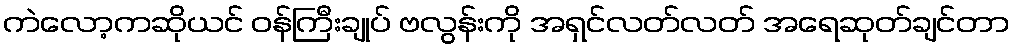
ကဲလော့ကဆိုယင် ဝန်ကြီးချုပ် ဗလွန်းကို အရှင်လတ်လတ် အရေဆုတ်ချင်တာ